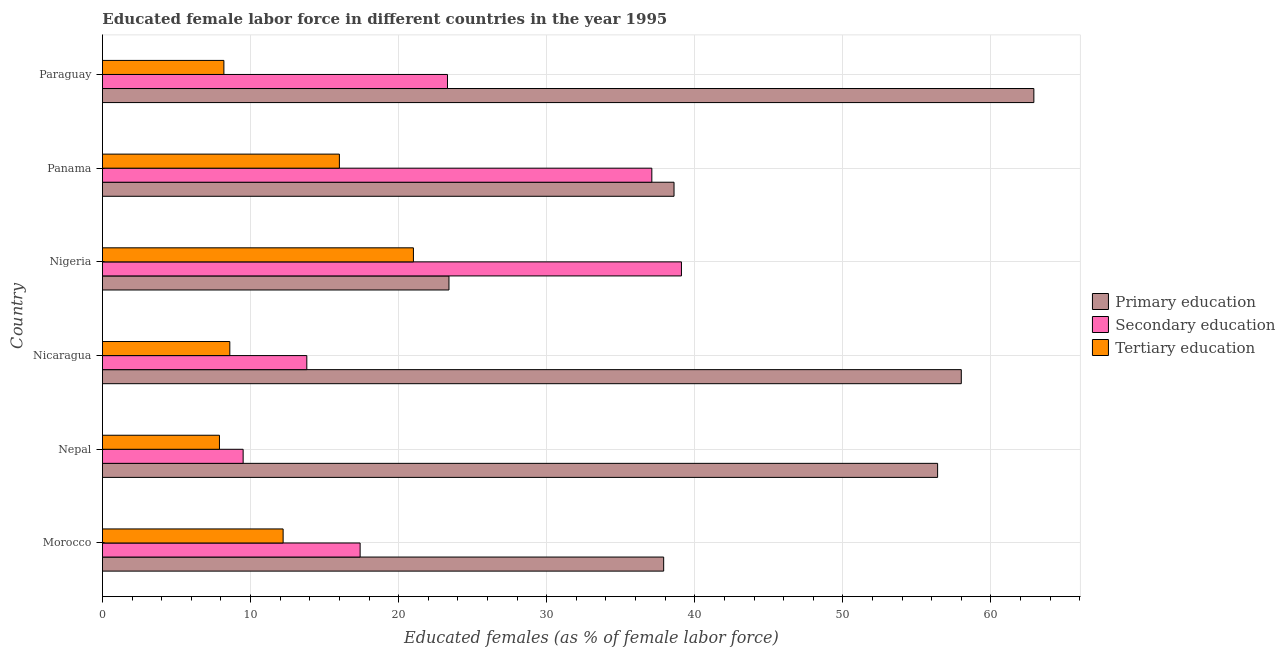
| Country | Primary education | Secondary education | Tertiary education |
 | --- | --- | --- | --- |
 | Morocco | 37.9 | 17.4 | 12.2 |
 | Nepal | 56.4 | 9.5 | 7.9 |
 | Nicaragua | 58 | 13.8 | 8.6 |
 | Nigeria | 23.4 | 39.1 | 21 |
 | Panama | 38.6 | 37.1 | 16 |
 | Paraguay | 62.9 | 23.3 | 8.2 |